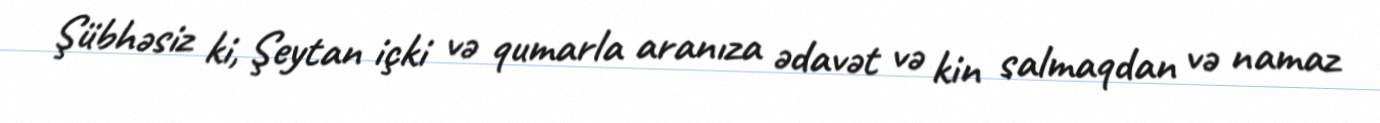
Şübhəsiz ki, Şeytan içki və qumarla aranıza ədavət və kin salmaqdan və namaz